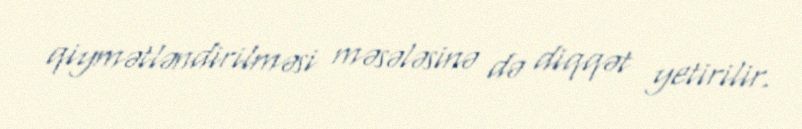
qiymətləndirilməsi məsələsinə də diqqət yetirilir.